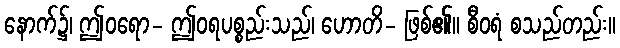
နောက်၌၊ ဤဝရော- ဤဝရပစ္စည်းသည်၊ ဟောတိ- ဖြစ်၏။ စီဝရံ စသည်တည်း။